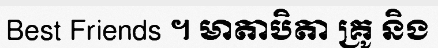
Best Friends ។ មាតាបិតា គ្រូ និង